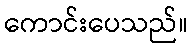
ကောင်းပေသည်။